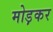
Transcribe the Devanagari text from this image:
मोड़़कर